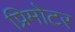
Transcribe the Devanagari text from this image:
प्रिमोटर